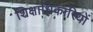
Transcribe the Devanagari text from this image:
शिक्षाधिकारियों